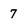
Character: 7